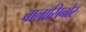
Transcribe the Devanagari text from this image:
बालासिनोर